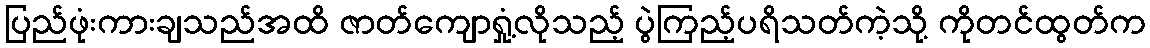
ပြည်ဖုံးကားချသည်အထိ ဇာတ်ကျောရှုံ့လိုသည့် ပွဲကြည့်ပရိသတ်ကဲ့သို့ ကိုတင်ထွတ်က